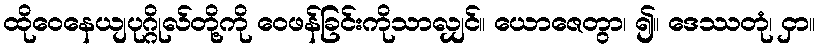
ထိုဝေနေယျပုဂ္ဂိုလ်တို့ကို ဝေဖန်ခြင်းကိုသာလျှင်။ ယောဇေတွာ၊ ၍။ ဒေဿတုံ၊ ငှာ။